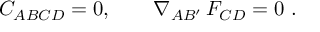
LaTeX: C _ { A B C D } = 0 , \qquad \nabla _ { A B ^ { \prime } } \, F _ { C D } = 0 \ .